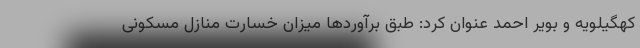
کهگیلویه و بویر احمد عنوان کرد: طبق برآوردها میزان خسارت منازل مسکونی